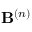
\mathbf { B } ^ { ( n ) }